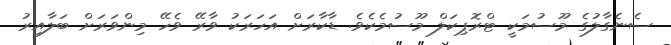
ސެނެގާލުގެ މޫސުމަކީ ޓްރޮޕިކަލް މޫސުމެކެވެ. ޑާކާރަށް އަހަރަކު ވާރޭ ވެހޭ މިންވަރަށް ބަލާއިރު